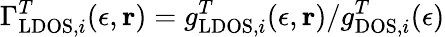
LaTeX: \Gamma_{\mathrm{LDOS},i}^{T}(\epsilon,\mathbf{r})=g_{\mathrm{LDOS},i}^{T}(\epsilon,\mathbf{r})/g_{\mathrm{DOS},i}^{T}(\epsilon)